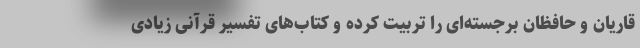
قاریان و حافظان برجسته‌ای را تربیت کرده و کتاب‌های تفسیر قرآنی زیادی